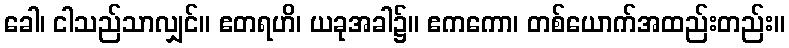
ခေါ၊ ငါသည်သာလျှင်။ ဧတရဟိ၊ ယခုအခါ၌။ ဧကကော၊ တစ်ယောက်အထည်းတည်း။